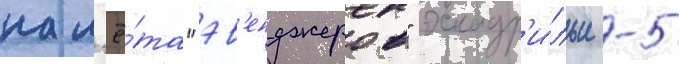
нал'ё́та "эв'енджеров" эскадр'и́льи -5